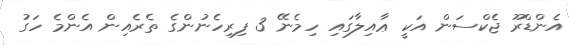
އެންޑްރޫ ޖެކްސަން އަކީ ޢާއިލާގައި ހިމެނޭ 3 ފިރިހެނުންގެ ތެރެއިން އެންމެ ހަގު